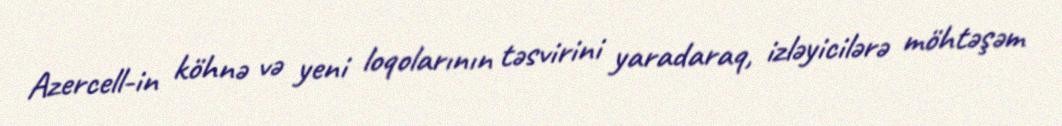
Azercell-in köhnə və yeni loqolarının təsvirini yaradaraq, izləyicilərə möhtəşəm